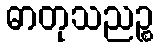
ဓာတုသညဉ္စ